Annual administration and progress report of the Indian Medical Department, Bombay
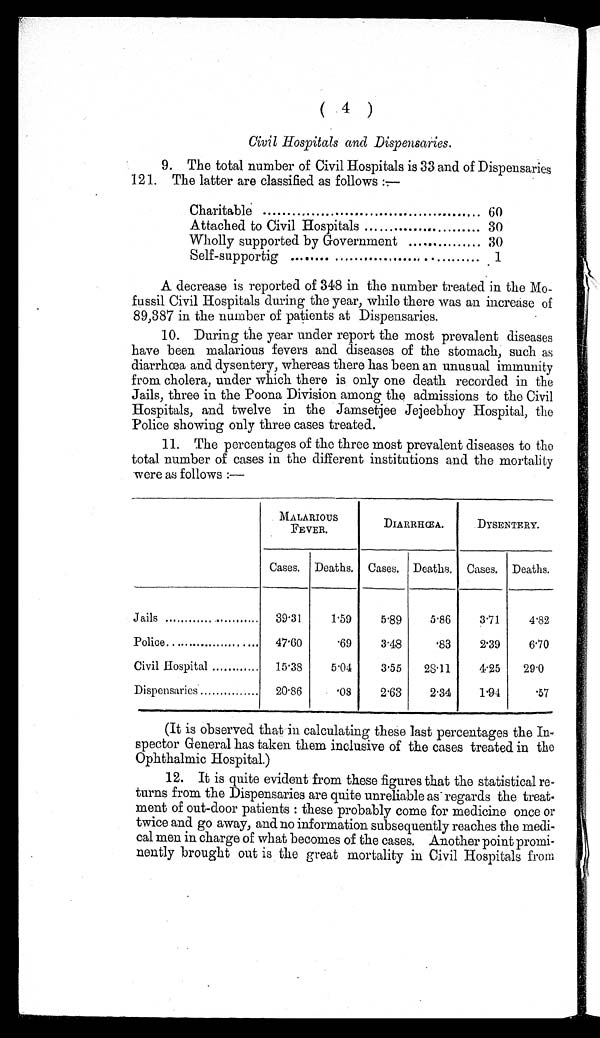
( 4 )
Civil Hospitals and Dispensaries.
9. The total number of Civil Hospitals is 33 and of Dispensaries
121. The latter are classified as follows :-
Charitable
60
Attached to Civil Hospitals
30
Wholly supported by Government
30
S elf -supportig
.
1
A decrease is reported of 348 in the number treated in the
M o - f u s s i l C i v i l H o s p i t a l s d u r i n g t h e y e a r , w h i l e t h e r e w a s a n i n c r e a s e o f
89,387 in the number of patients at Dispensaries.
10. During the year under report the most prevalent diseases
have been malarious fevers and diseases of the stomach, such as
diarrhœa and dysentery, whereas there has been an unusual immunity
from cholera, under which there is only one death recorded in the
Jails, three in the Poona Division among the admissions to the Civil
Hospitals, and twelve in the Jamsetjee Jejeebhoy Hospital, the
Police showing only three cases treated.
11. The percentages of the three most prevalent diseases to the
total number of cases in the different institutions and the mortality
were as follows :—
MALARIOUS FEVER.
DIARRCEA.
D Y S E N T E R Y .
Cases. Deaths. Cases. Deaths.
Cases. Deaths.
Jails
3 9 . 3 1
1 . 5 9
5 . 8 9
5 . 8 6
3 . 7 1
4 . 8 2
Police
4 7 . 6 0
. 6 9
3 . 4 8
. 8 3
2 . 3 9
6 . 7 0
Civil Hospital
1 5 . 3 8
5 . 0 4
3 . 5 5
2 8 . 1 1
4 . 2 5
2 9 . 0
Dispensaries
2 0 . 8 6
. 0 8
2 . 6 3
2 . 3 4
1 . 9 4
. 5 7
(It is observed that in calculating these last percentages the In-
spector General has taken them inclusive of the cases treated in the
Ophthalmic Hospital.)
12. It is quite evident from these figures that the statistical re
- turns from the Dispensaries are quite unreliable as regards the treat-
ment of out-door patients : these probably come for medicine once or
twice and go away, and no information subsequently reaches the medi-
cal men in charge of what becomes of the cases. Another point promi-
nently brought out is the great mortality in Civil Hospitals from